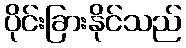
ပိုင်းခြားနိုင်သည်